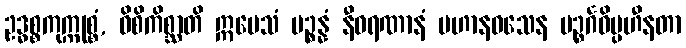
ဥဒ္ဓစ္စကုက္ကုစ္စံ, ဝိစိကိစ္ဆာတိ ဣမေသံ ပဉ္စန္နံ နီဝရဏာနံ ပဟာနဝသေန ပဉ္စင်္ဂဝိပ္ပဟီနတာ